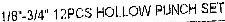
1/8"-3/4" 12PCS HOLLOW PUNCH SET